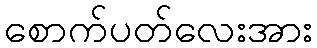
စောက်ပတ်လေးအား